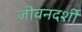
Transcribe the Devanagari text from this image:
जीवनदर्शी